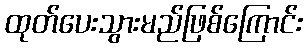
ထုတ်ပေးသွားမည်ဖြစ်ကြောင်း